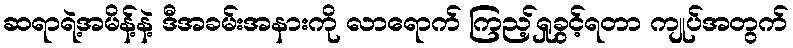
ဆရာရဲ့အမိန့်နဲ့ ဒီအခမ်းအနားကို လာရောက် ကြည့်ရှုခွင့်ရတာ ကျုပ်အတွက်